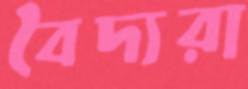
বৈদ্যরা